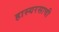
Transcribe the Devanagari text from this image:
हास्यरसाची